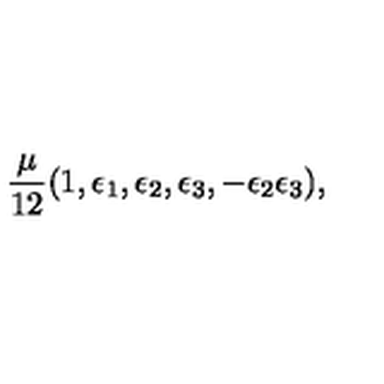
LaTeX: { \frac { \mu } { 1 2 } } ( 1 , \epsilon _ { 1 } , \epsilon _ { 2 } , \epsilon _ { 3 } , - \epsilon _ { 2 } \epsilon _ { 3 } ) ,